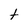
Character: t